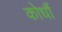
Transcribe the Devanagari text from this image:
कोधौं